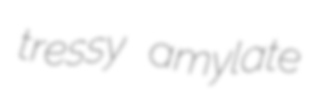
tressy amylate